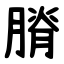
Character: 膌